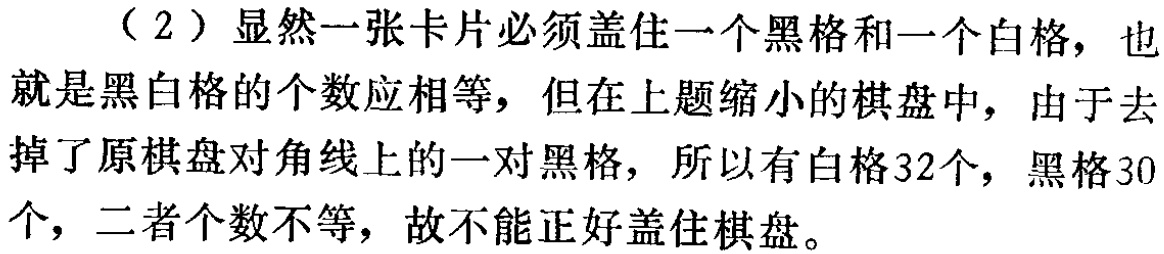
（2）显然一张卡片必须盖住一个黑格和一个白格，也就是黑白格的个数应相等，但在上题缩小的棋盘中，由于去掉了原棋盘对角线上的一对黑格，所以有白格32个，黑格30个，二者个数不等，故不能正好盖住棋盘。